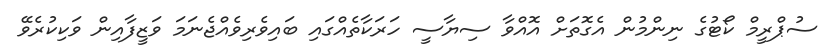
ސުޕްރީމް ކޯޓުގެ ނިންމުން އެގޮތަށް އޮއްވާ ސިޔާސީ ހަރަކާތެއްގައި ބައިވެރިވެއްޖެނަމަ ވަޒީފާއިން ވަކިކުރެވޭ